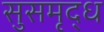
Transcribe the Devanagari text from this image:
सुसमृद्ध